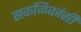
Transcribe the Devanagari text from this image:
सकळिकांसी